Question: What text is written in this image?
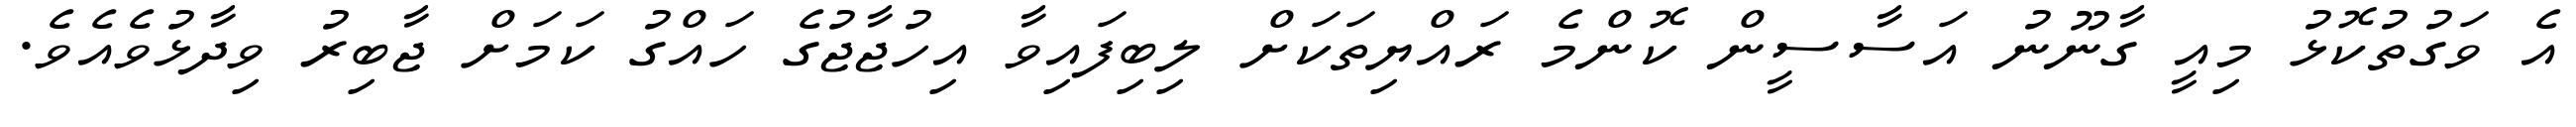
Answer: އެ ވަގުތުކޮޅު މިއީ ގާނޫނު އަސާސީން ކޮންމެ ރައްޔިތަކަށް ލިބިފައިވާ އިހުޖާޖުގެ ހައްގު ކަމަށް ޖާބިރު ވިދާޅުވެއެވެ.